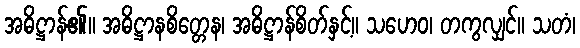
အဓိဋ္ဌာန်၏။ အဓိဋ္ဌာနစိတ္တေန၊ အဓိဋ္ဌာန်စိတ်နှင့်။ သဟေဝ၊ တကွလျှင်။ သတံ၊